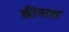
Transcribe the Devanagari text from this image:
कीनाश